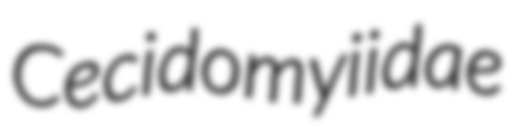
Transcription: Cecidomyiidae